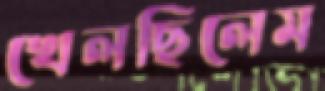
খেলছিলেম